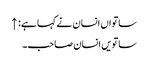
ساتواں انسان نے کہا ہے: ↑
ساتویں انسان صاحب۔